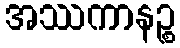
အဿကာနဉ္စ